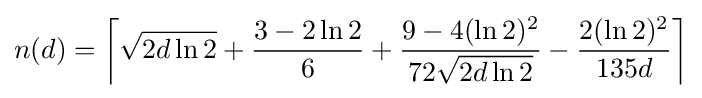
n(d)=\left\lceil {\sqrt {2d\ln 2}}+{\frac {3-2\ln 2}{6}}+{\frac {9-4(\ln 2)^{2}}{72{\sqrt {2d\ln 2}}}}-{\frac {2(\ln 2)^{2}}{135d}}\right\rceil